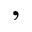
,